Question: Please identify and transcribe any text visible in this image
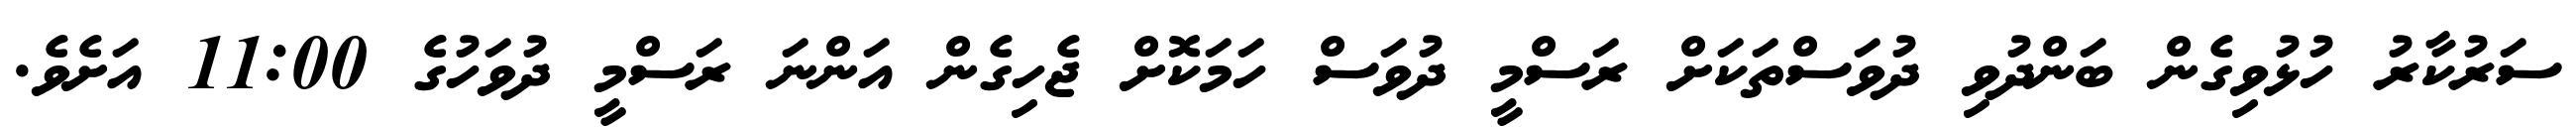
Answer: ސަރުކާރު ހުޅުވިގެން ބަންދުވި ދުވަސްތަކަށް ރަސްމީ ދުވަސް ހަމަކޮށް ޖެހިގެން އަންނަ ރަސްމީ ދުވަހުގެ 11:00 އަށެވެ.